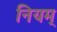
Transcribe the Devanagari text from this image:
नियम्